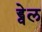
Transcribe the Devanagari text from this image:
ड्वेल